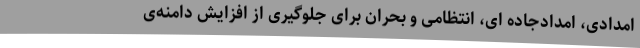
امدادی، امدادجاده ای، انتظامی و بحران برای جلوگیری از افزایش دامنه‌ی